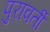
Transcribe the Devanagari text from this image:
पुरावर्ती